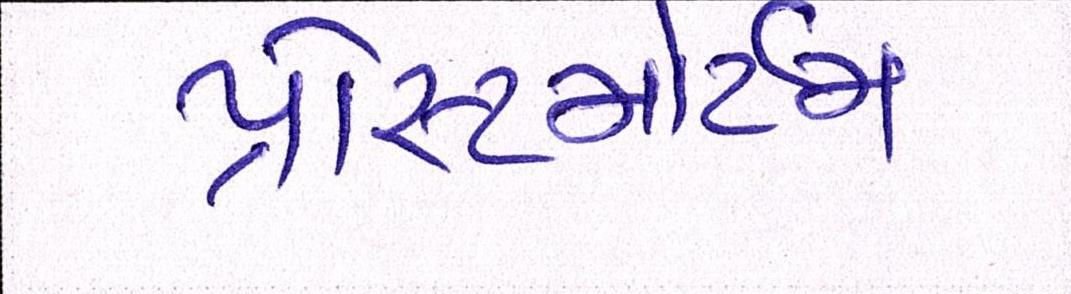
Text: પોસ્ટમોર્ટમ